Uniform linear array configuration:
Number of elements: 16
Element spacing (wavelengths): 0.25
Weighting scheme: hamming
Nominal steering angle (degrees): -30
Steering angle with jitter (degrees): -30.575
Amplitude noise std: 0.05
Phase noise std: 0.05

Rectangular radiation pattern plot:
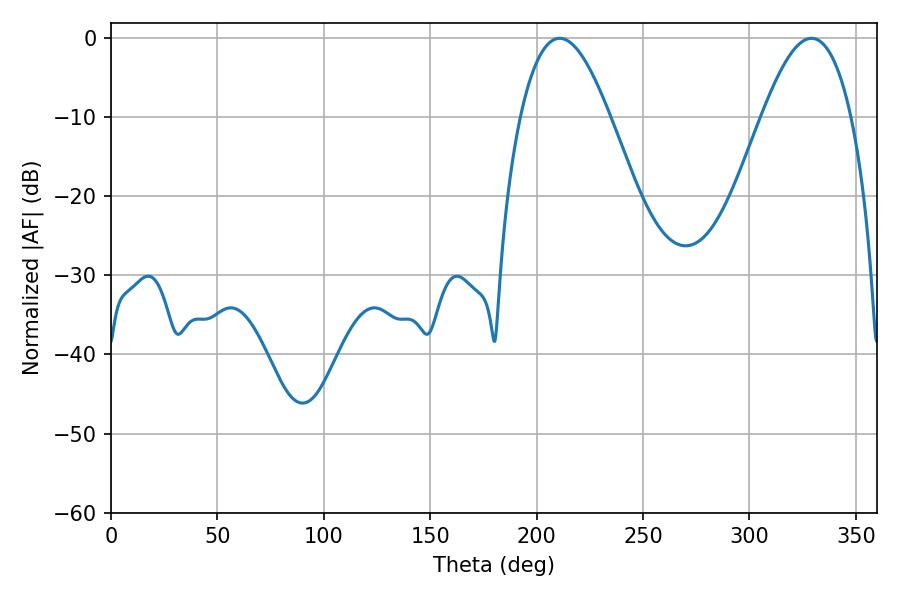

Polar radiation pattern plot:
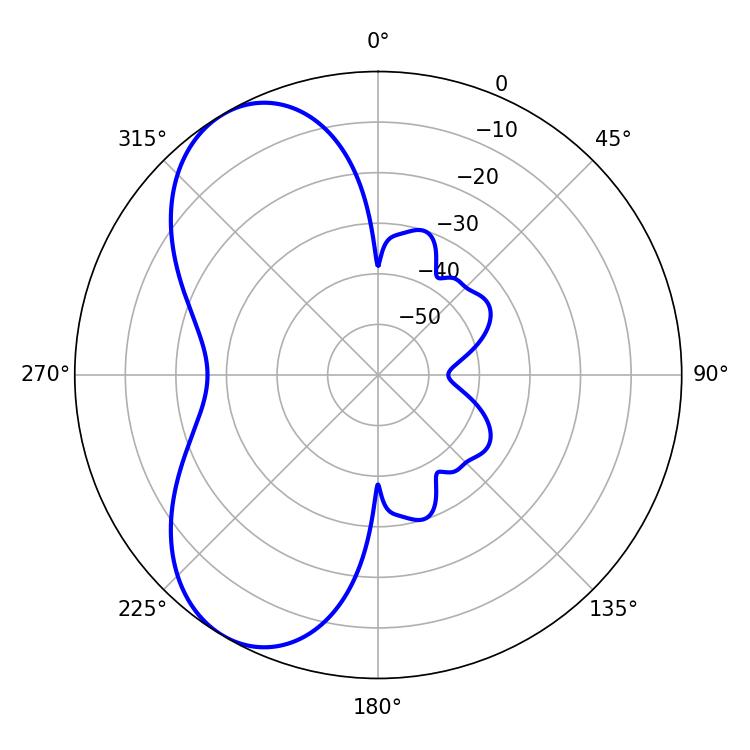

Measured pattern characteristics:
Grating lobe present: FALSE
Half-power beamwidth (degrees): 22.86
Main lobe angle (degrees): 210.78